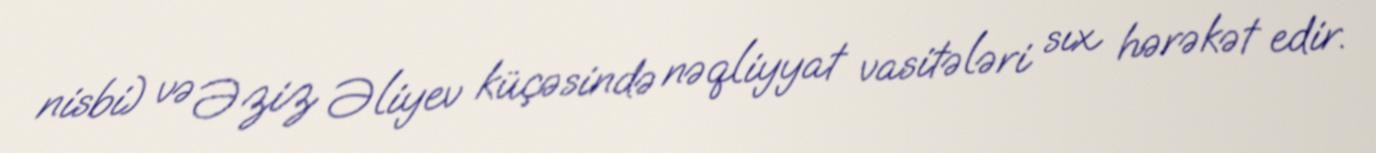
nisbi) və Əziz Əliyev küçəsində nəqliyyat vasitələri sıx hərəkət edir.